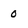
Character: 0